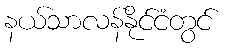
နယ်သာလန်နိုင်ငံတွင်